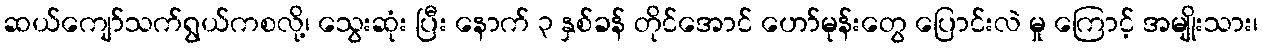
ဆယ်ကျော်သက်ရွယ်ကစလို့၊ သွေးဆုံး ပြီး နောက် ၃ နှစ်ခန် တိုင်အောင် ဟော်မုန်းတွေ ပြောင်းလဲ မှု ကြောင့် အမျိုးသား၊